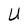
Character: U